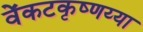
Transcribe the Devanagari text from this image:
वेंकटकृष्णय्या